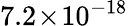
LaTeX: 7.2\! \times\! 10^{-18}